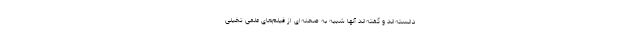
دانسته‌اند و گفته‌اند آنها شبیه به صحنه‌ای از فیلم‌های علمی تخیلی